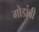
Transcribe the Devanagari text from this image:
गोडांबी